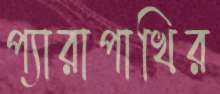
প্যারাপাখির